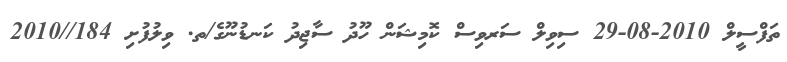
ތަފްސީލް 2010-08-29 ސިވިލް ސަރވިސް ކޮމިޝަން ހޫދު ސާޖިދު ކަނޑުނޫގެ/ތ. ވިލުފުށި 184//2010